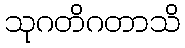
သုဂတိဂတာသိ